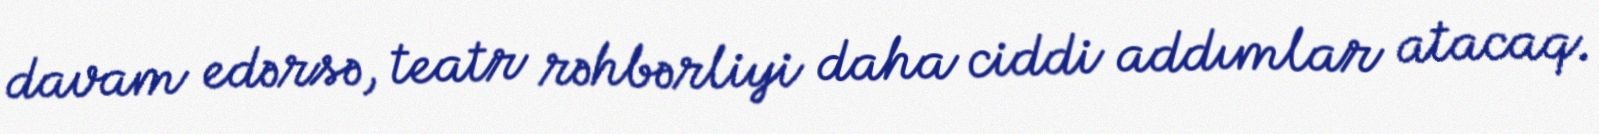
davam edərsə, teatr rəhbərliyi daha ciddi addımlar atacaq.